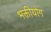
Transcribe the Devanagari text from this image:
भक्तीयोग